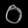
Digit: ၀